Indian journal of veterinary science and animal husbandry - Volume 10,
Year: 1940
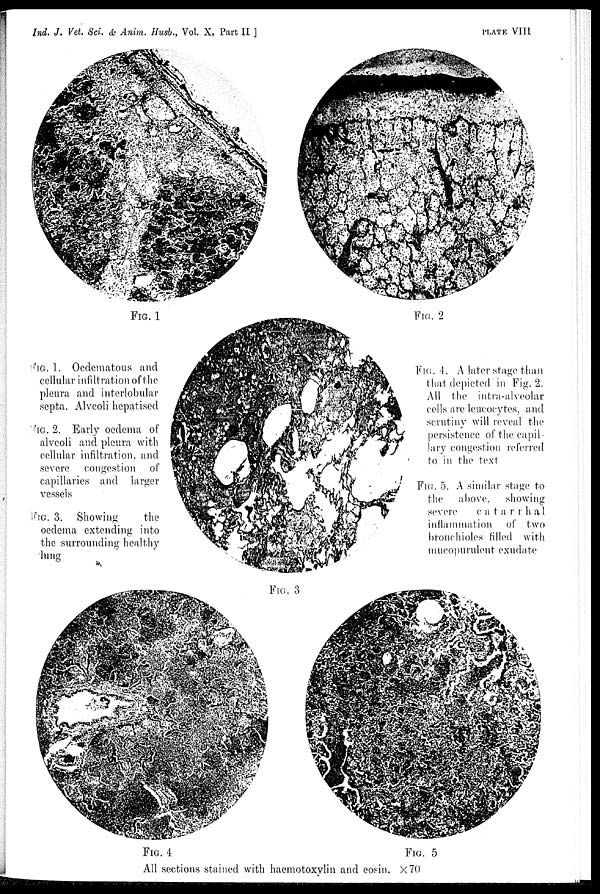
Ind. J. Vet. Sci. & Anim. Husb., Vol. X, Part II ]
PLATE
VIII
FIG. 1
FIG. 2
FIG. 3
FIG. 4
FIG. 5
FIG. 1. Oedematous and
cellular infiltration of the
pleura and interlobular
septa. Alveoli hepatised
FIG. 2. Early oedema of
alveoli and pleura with
cellular infiltration, and
severe congestion of
capillaries and larger
vessels
FIG. 3. Showing
the
oedema extending into
the surrounding healthy
lung
FIG. 4. A later stage than
that depicted in Fig. 2.
All the intra-alveolar
cells are leucocytes, and
scrutiny will reveal the
persistence of the capil-
lary congestion referred
to in the text
FIG. 5. A similar stage to
the
above,
showing
severe
c a t a r r h a l
inflammation
of two
bronchioles filled with
mucopurulent exudate
All sections stained with haemotoxylin and eosin. × 70